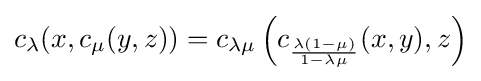
c_{\lambda }(x,c_{\mu }(y,z))=c_{\lambda \mu }\left(c_{\frac {\lambda (1-\mu )}{1-\lambda \mu }}(x,y),z\right)